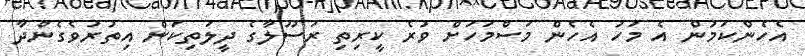
އެހެންކަމުން އެ މަހު އެހެން މަސްމަހަށް ވުރެ ކީރިތި ރަސޫލާގެ ދީލަތިކަން އިތުރުވެގެންދާ